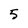
Character: 5